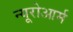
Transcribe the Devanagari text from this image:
न्यूरोआर्म